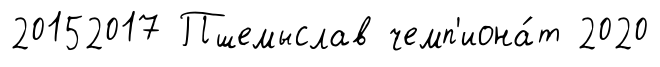
20152017 Пшемыслав чемп'иона́т 2020